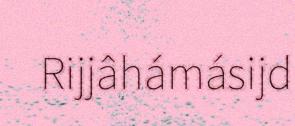
Rijjâhámásijd